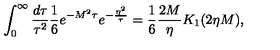
\int _ { 0 } ^ { \infty } \frac { d \tau } { \tau ^ { 2 } } \frac { 1 } { 6 } e ^ { - M ^ { 2 } \tau } e ^ { - \frac { \eta ^ { 2 } } { \tau } } = \frac { 1 } { 6 } \frac { 2 M } { \eta } K _ { 1 } ( 2 \eta M ) ,